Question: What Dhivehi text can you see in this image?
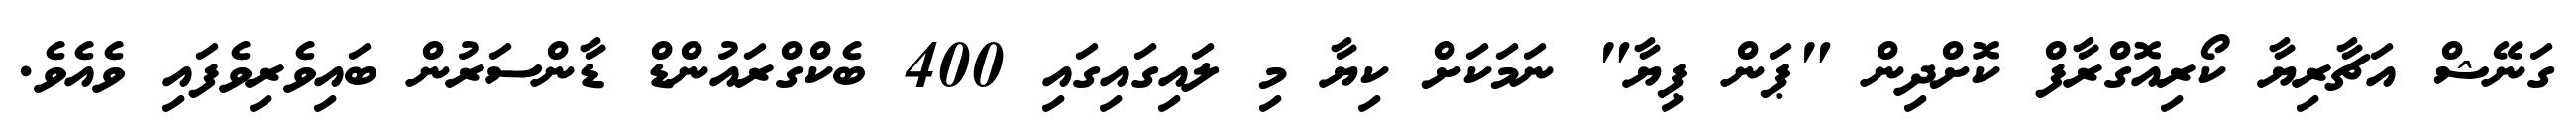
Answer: ގަނޭޝް އަޗާރިޔާ ކޯރިއޮގްރާފް ކޮށްދިން "ޕަން ޕިޔާ" ނަމަކަށް ކިޔާ މި ލައިގައިގައި 400 ބެކްގްރައުންޑް ޑާންސަރުން ބައިވެރިވެފައި ވެއެވެ.